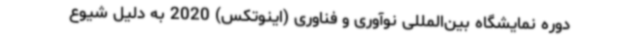
دوره نمایشگاه بین‌المللی نوآوری و فناوری (اینوتکس) 2020 به دلیل شیوع